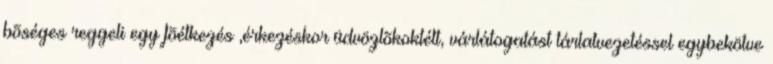
bõséges reggeli egy fõétkezés ,érkezéskor üdvözlõkoktélt, várlátogatást tárlatvezetéssel egybekötve